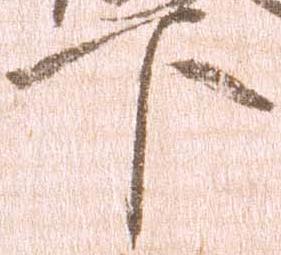
下